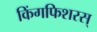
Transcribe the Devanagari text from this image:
किंगफिशरस्